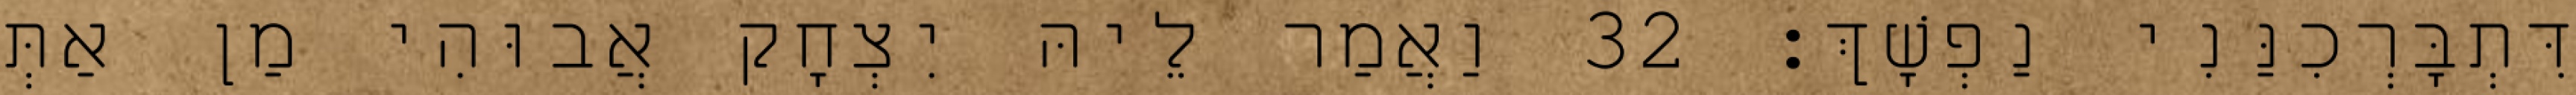
דִּתְבָּרְכִנַּנִי נַפְשָׁךְ׃ 32 וַאֲמַר לֵיהּ יִצְחָק אֲבוּהִי מַן אַתְּ